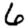
Digit: 6